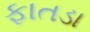
ફાતડા